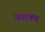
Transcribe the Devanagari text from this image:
अश़क्य